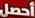
أحصل